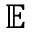
\mathbb { E }